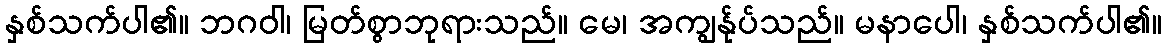
နှစ်သက်ပါ၏။ ဘဂဝါ၊ မြတ်စွာဘုရားသည်။ မေ၊ အကျွန်ုပ်သည်။ မနာပေါ၊ နှစ်သက်ပါ၏။